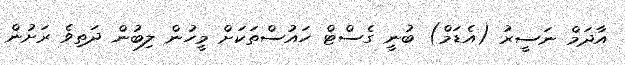
އާދަމް ނަސީރު (އެޑަމް) ބުނީ ގެސްޓް ހައުސްތަކަށް މީހުން ލިބުން ދަތިވެ ރަށުން